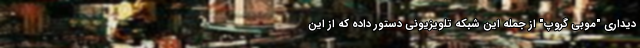
دیداری "موبی گروپ" از جمله این شبکه تلویزیونی دستور داده که از این